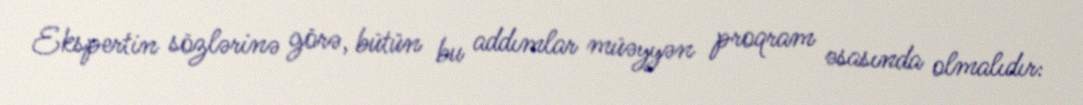
Ekspertin sözlərinə görə, bütün bu addımlar müəyyən proqram əsasında olmalıdır: